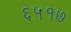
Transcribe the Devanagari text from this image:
६५१७